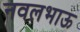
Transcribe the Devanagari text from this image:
नवलभाऊ